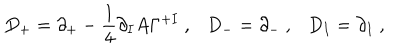
D _ { + } = \partial _ { + } - \frac { 1 } { 4 } \partial _ { I } A \Gamma ^ { + I } ~ , D _ { - } = \partial _ { - } ~ , D _ { I } = \partial _ { I } ~ ,